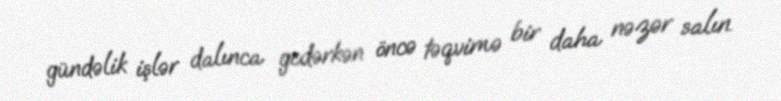
gündəlik işlər dalınca gedərkən öncə təqvimə bir daha nəzər salın.